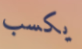
يكسب